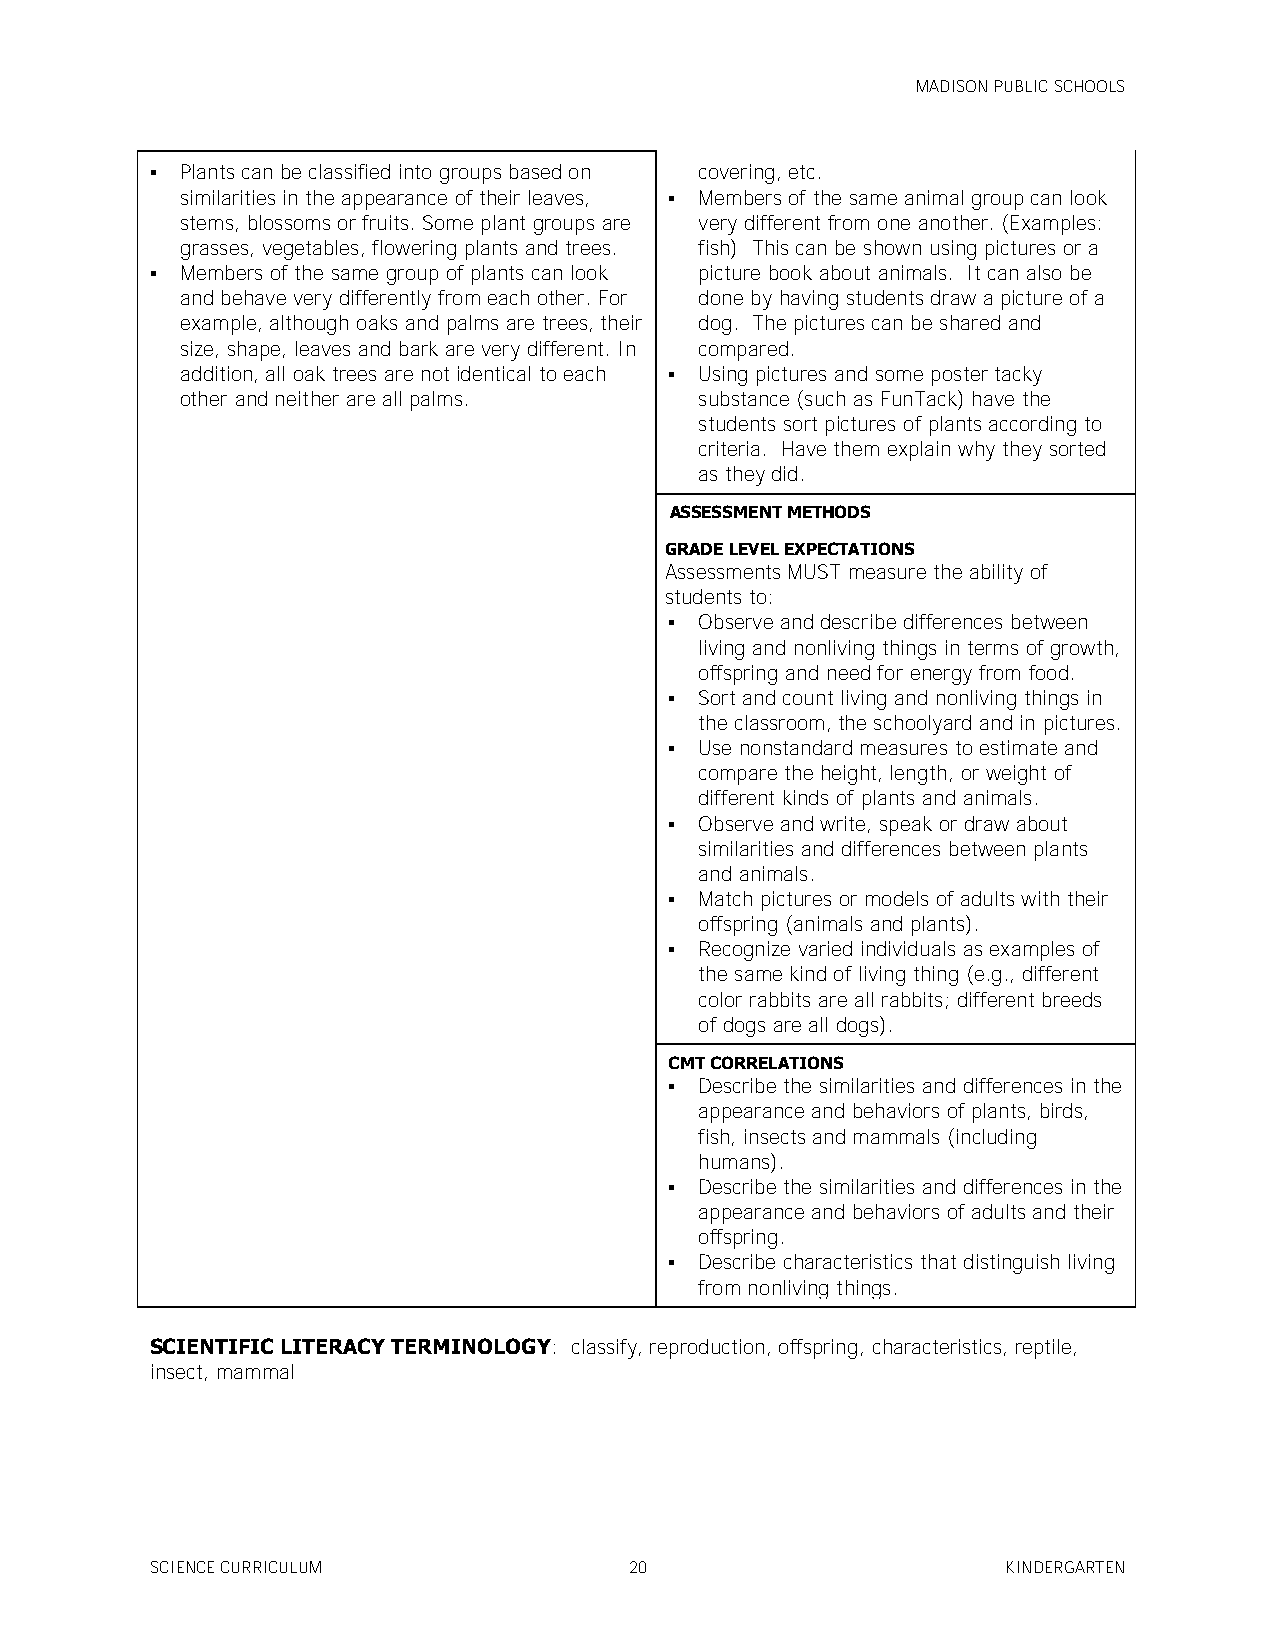
MADISON PUBLIC SCHOOLS
  Plants can be classified into groups based on covering, etc.
 similarities in the appearance of their leaves,  Members of the same animal group can look
 stems, blossoms or fruits. Some plant groups are very different from one another. (Examples:
 grasses, vegetables, flowering plants and trees. fish) This can be shown using pictures or a
  Members of the same group of plants can look picture book about animals. It can also be
 and behave very differently from each other. For done by having students draw a picture of a
 example, although oaks and palms are trees, their dog. The pictures can be shared and
 size, shape, leaves and bark are very different. In compared.
 addition, all oak trees are not identical to each  Using pictures and some poster tacky
 other and neither are all palms.  substance (such as FunTack) have the
 students sort pictures of plants according to
 criteria. Have them explain why they sorted
 as they did.
 ASSESSMENT METHODS
 GRADE LEVEL EXPECTATIONS
 Assessments MUST measure the ability of
 students to:
  Observe and describe differences between
 living and nonliving things in terms of growth,
 offspring and need for energy from food.
  Sort and count living and nonliving things in
 the classroom, the schoolyard and in pictures.
  Use nonstandard measures to estimate and
 compare the height, length, or weight of
 different kinds of plants and animals.
  Observe and write, speak or draw about
 similarities and differences between plants
 and animals.
  Match pictures or models of adults with their
 offspring (animals and plants).
  Recognize varied individuals as examples of
 the same kind of living thing (e.g., different
 color rabbits are all rabbits; different breeds
 of dogs are all dogs).
 CMT CORRELATIONS
  Describe the similarities and differences in the
 appearance and behaviors of plants, birds,
 fish, insects and mammals (including
 humans).
  Describe the similarities and differences in the
 appearance and behaviors of adults and their
 offspring.
  Describe characteristics that distinguish living
 from nonliving things.
 SCIENTIFIC LITERACY TERMINOLOGY: classify, reproduction, offspring, characteristics, reptile,
 insect, mammal
 SCIENCE CURRICULUM              20                       KINDERGARTEN